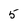
Character: 5